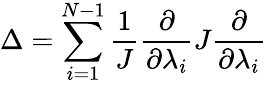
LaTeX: \Delta=\sum_{i=1}^{N-1}\frac{1}{J}\frac{\partial}{\partial\lambda_{i}}J\frac{\partial}{\partial\lambda_{i}}